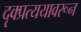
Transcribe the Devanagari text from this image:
दृक्प्रत्ययावरून